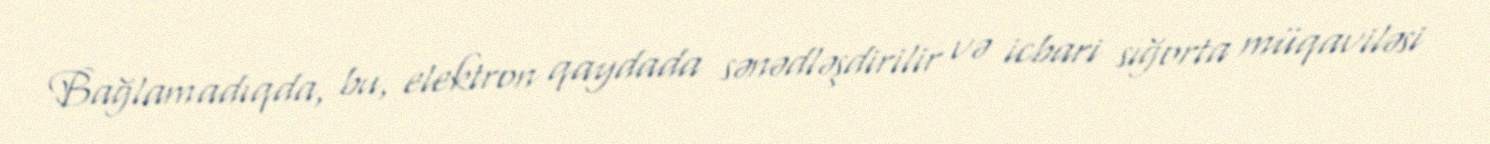
Bağlamadıqda, bu, elektron qaydada sənədləşdirilir və icbari sığorta müqaviləsi